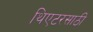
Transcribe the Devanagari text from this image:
थिएटरसाठी